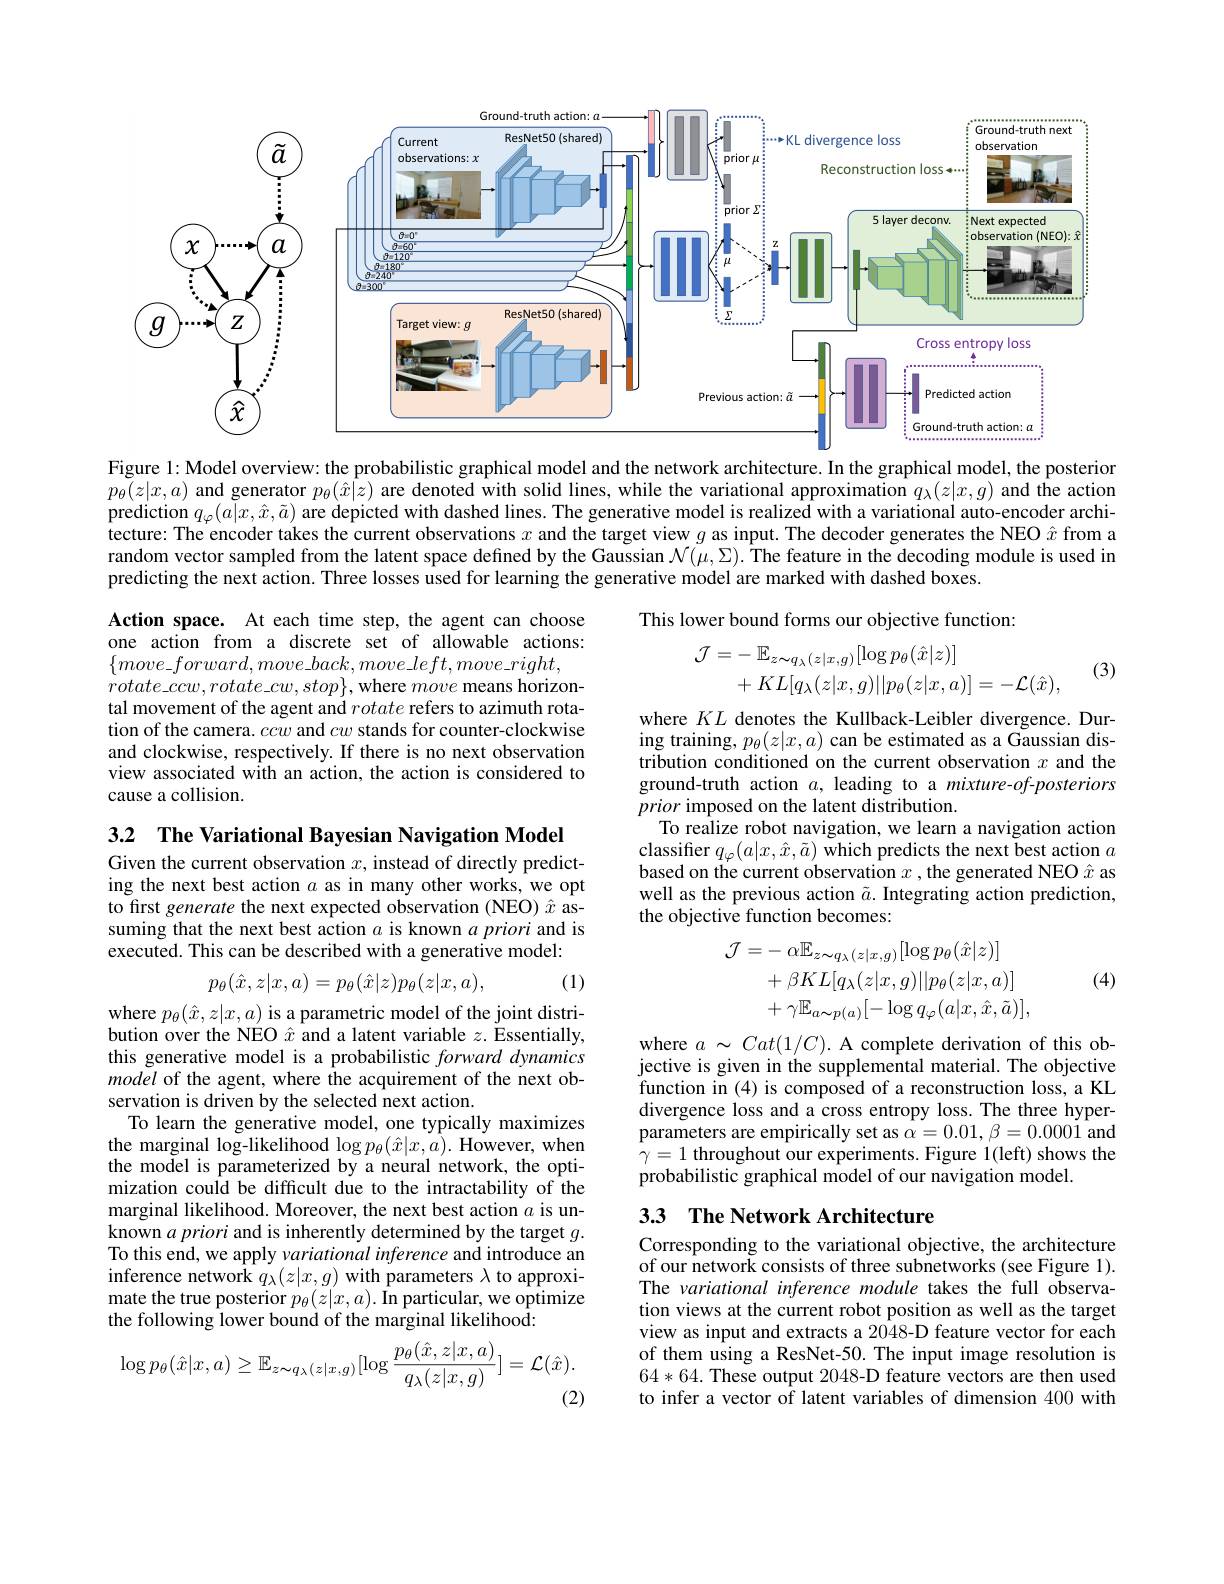
<FigureHere>

Figure 1: Model overview: the probabilistic graphical model and the network architecture. In the graphical model, the posterior $p_\theta(z|x,a)$ and generator $p_\theta(\hat{x}|z)$ are denoted with solid lines, while the variational approximation $q_\lambda(z|x,g)$ and the action prediction $q_\varphi(a|x,\hat{x},\tilde{a})$ are depicted with dashed lines. The generative model is realized with a variational auto-encoder architecture: The encoder takes the current observations $x$ and the target view $g$ as input. The decoder generates the NEO $\hat{x}$ from a random vector sampled from the latent space defined by the Gaussian $\mathcal{N}(\mu,\Sigma).$ The feature in the decoding module is used in predicting the next action. Three losses used for learning the generative model are marked with dashed boxes.

This lower bound forms our objective function:
$$\begin{aligned}\mathcal{J}&=-\:\mathbb{E}_{z\thicksim q_{\lambda}(z|x,g)}[\log p_{\theta}(\hat{x}|z)]\\&+KL[q_{\lambda}(z|x,g)||p_{\theta}(z|x,a)]=-\mathcal{L}(\hat{x}),\end{aligned}$$
(3)

Action space. At each time step, the agent can choose one action from a discrete set of allowable actions: $\{move\_forward,move\_back,move\_left,move\_right$,
$rotate\_ccw,rotate\_cw,stop\}$,where move means horizontal movement of the agent and rotate refers to azimuth rotation of the camera. ccw and $cw$ stands for counter-clockwise and clockwise, respectively. If there is no next observation view associated with an action, the action is considered to cause a collision.

where $KL$ denotes the Kullback-Leibler divergence. During training, $p_\theta(z|x,a)$ can be estimated as a Gaussian distribution conditioned on the current observation $x$ and the ground-truth action $a$, leading to a mixture-of-posteriors prior imposed on the latent distribution.
To realize robot navigation, we learn a navigation action classifier $q_\varphi(a|x,\hat{x},\tilde{a})$ which predicts the next best action $a$ based on the current observation $x$ ,the genera well as the previous action $\tilde{a}.$ Integrating action prediction, the objective function becomes:

3.2 $\textbf{The Variational Bayesian Navigation Model}$

Given the current observation $x$, instead of directly predicting the next best action $a$ as in many other works, we opt to first generate the next expected observation suming that the next best action $a$ is known $a$ priori and is executed. This can be described with a generative model:
$$\begin{aligned}\mathcal{J}=&-\:\alpha\mathbb{E}_{z\sim q_{\lambda}(z|x,g)}[\log p_{\theta}(\hat{x}|z)]\\&+\beta KL[q_{\lambda}(z|x,g)||p_{\theta}(z|x,a)]\\&+\gamma\mathbb{E}_{a\sim p(a)}[-\log q_{\varphi}(a|x,\hat{x},\tilde{a})],\end{aligned}$$
(4)

(1)
$$p_\theta(\hat x,z|x,a)=p_\theta(\hat x|z)p_\theta(z|x,a),$$
where $a\sim Cat(1/C).$ A complete derivation of this objective is given in the supplemental material. The objective function in (4) is composed of a reconstruction loss, a KL divergence loss and a cross entropy loss. The three hyperparameters are empirically set as $\alpha=0.01,\beta=0.0001$ and $\gamma=1$ throughout our experiments. Figure 1(left) shows the probabilistic graphical model of our navigation model.

where $p_{\theta}(\hat{x},z|x,a)$ is a parametric model of the joint distribution over the NEO $\hat{x}$ and a latent variable $z.$ Essentially, this generative model is a probabilistic forward dynamics model of the agent, where the acquirement of the next observation is driven by the selected next action.
To learn the generative model, one typically maximizes the marginal log-likelihood $\log p_{\theta}(\hat{x}|x,a).$ However, when the model is parameterized by a neural network, the optimization could be difficult due to the intractability of the marginal likelihood. Moreover, the next best action $a$ is unknown $a\textit{priori and is inherently determined by the target }g.$ To this end, we apply variational inference and introduce an inference network $q_\lambda(z|x,g)$ with parameters $\lambda$ to approximate the true posterior $p_\theta(z|x,a).$ In particular, we optimize the following lower bound of the marginal likelihood:

# 33 The Network Architecture

Corresponding to the variational objective, the architecture of our network consists of three subnetworks (see Figure 1). The variational inference module takes the full observation views at the current robot position as well as the target view as input and extracts a 2048-D feature vect of them using a ResNet-50. The input image resolution is 64*64. These output 2048-D feature vectors are then used to infer a vector of latent variables of dimension 400 with
$$\log p_{\theta}(\hat{x}|x,a)\geq\mathbb{E}_{z\sim q_{\lambda}(z|x,g)}[\log\frac{p_{\theta}(\hat{x},z|x,a)}{q_{\lambda}(z|x,g)}]=\mathcal{L}(\hat{x}).$$
(2)